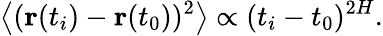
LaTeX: \left<(\mathbf{r}(t_{i})-\mathbf{r}(t_{0}))^{2}\right>\propto(t_{i}-t_{0})^{2H}.